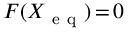
F ( X _ { \mathrm { ~ e ~ q ~ } } ) \mathop { = } 0